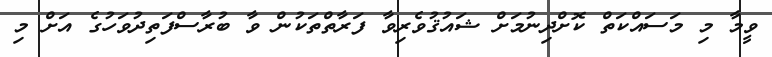
ވީމާ މި މަސައްކަތް ކޮށްދިނުމަށް ޝައުޤުވެރިވާ ފަރާތްތަކުން ވާ ބުރާސްފަތިދުވަހުގެ އަށް މި